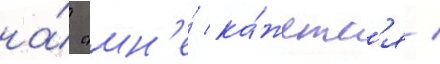
на́ "мн'е́ ка́жетс'я /